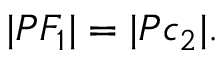
| P F _ { 1 } | = | P c _ { 2 } | .